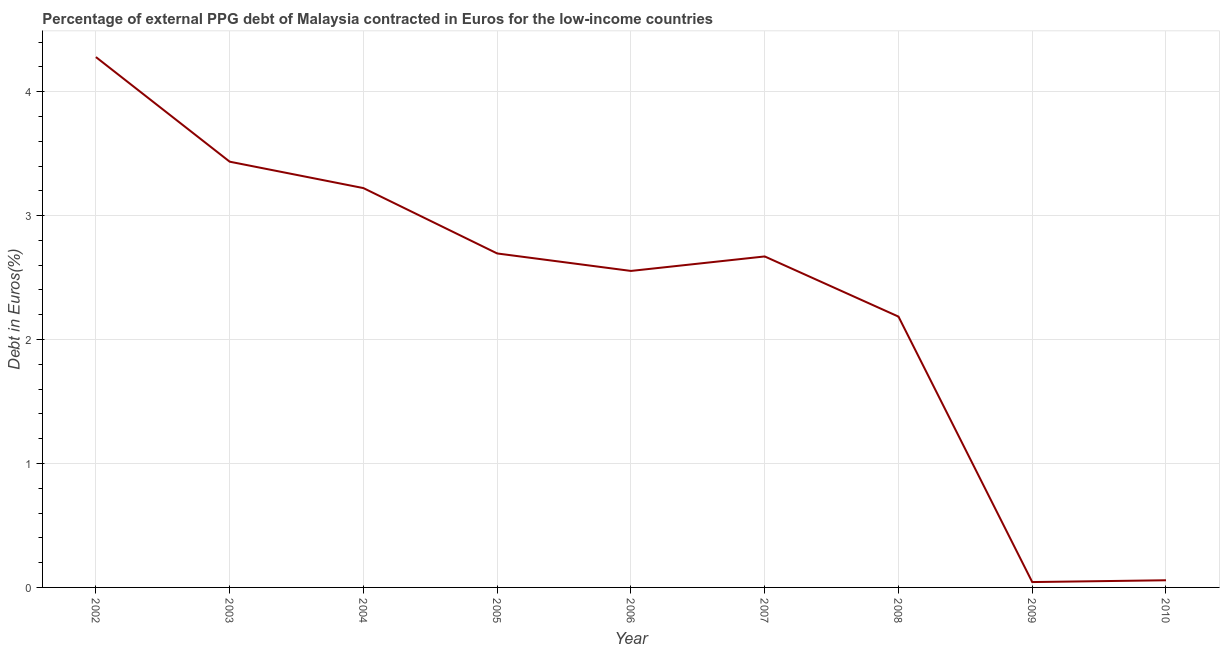
| Year | Currency composition of PPG debt |
 | --- | --- |
 | 2002 | 4.28 |
 | 2003 | 3.44 |
 | 2004 | 3.22 |
 | 2005 | 2.69 |
 | 2006 | 2.55 |
 | 2007 | 2.67 |
 | 2008 | 2.19 |
 | 2009 | 0.0433 |
 | 2010 | 0.0578 |